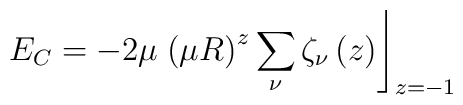
E_C =-2\mu\left. \left(\mu R\right)^z \sum_\nu\zeta_\nu\left(z\right)\right\rfloor_{z=-1}